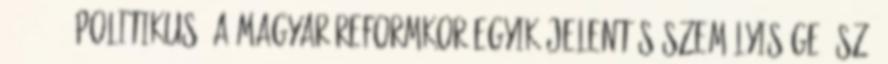
1795–1856 politikus, a magyar reformkor egyik jelentős személyisége. Sz: